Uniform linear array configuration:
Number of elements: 4
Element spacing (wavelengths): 0.5
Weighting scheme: cosine
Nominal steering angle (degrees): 30
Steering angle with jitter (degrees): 28.353
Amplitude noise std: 0.05
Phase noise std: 0.05

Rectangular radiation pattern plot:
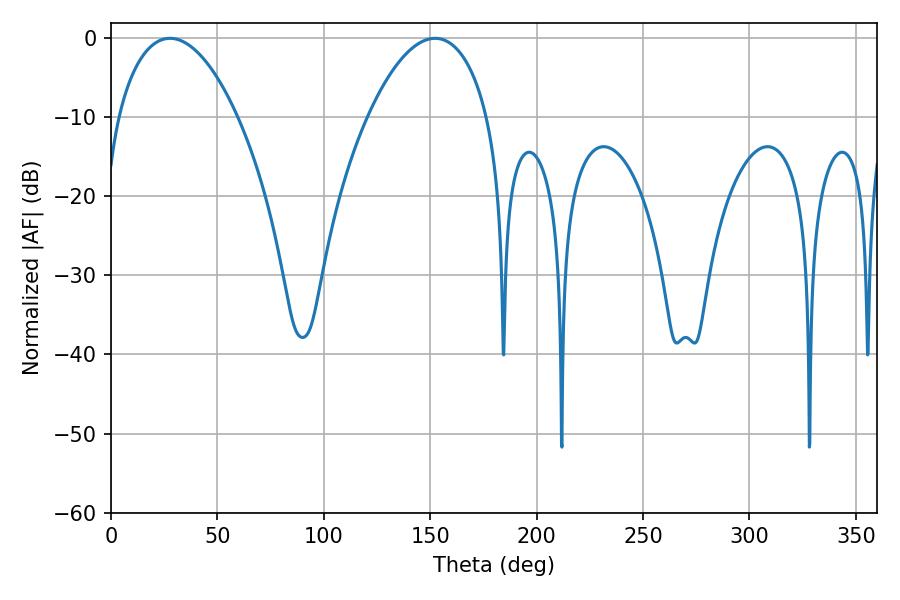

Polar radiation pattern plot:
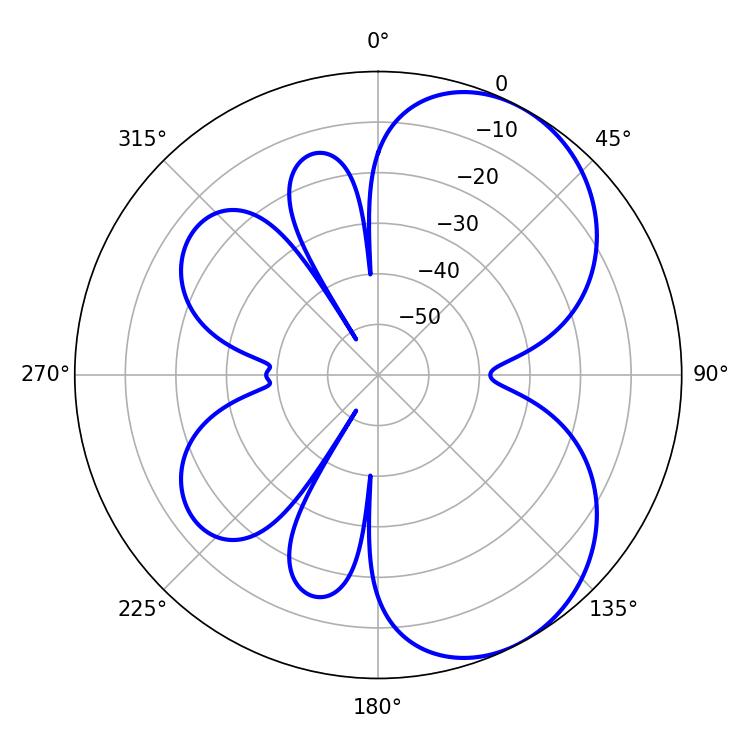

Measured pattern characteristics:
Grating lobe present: FALSE
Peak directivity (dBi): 5.729
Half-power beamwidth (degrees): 31.5
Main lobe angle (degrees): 152.28